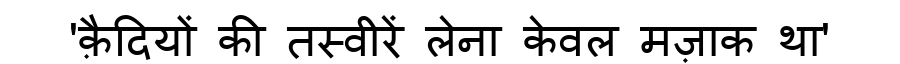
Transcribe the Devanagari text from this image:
'क़ैदियों की तस्वीरें लेना केवल मज़ाक था'